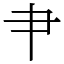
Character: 肀